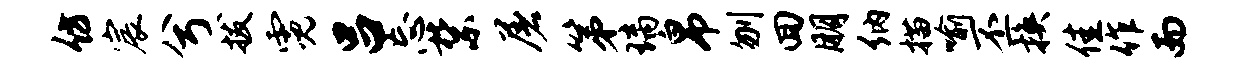
仿宸兮拔霓吕忘禁屠第璃帛刎回朋纳描喻丕换佳作而